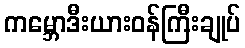
ကမ္ဘောဒီးယားဝန်ကြီးချုပ်